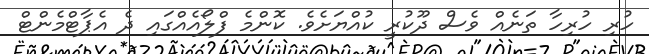
ހުރި ހުރިހާ ތަނެއް ވެސް ދޫކުރީ ކުއްޔަށެވެ. ކޮންމެ ފްލޯއެއްގައި ދެ އެޕާޓްމެންޓް